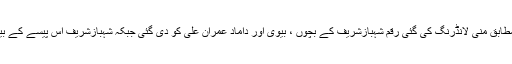
رپورٹ کے مطابق منی لانڈرنگ کی گئی رقم شہبازشریف کے بچوں ، بیوی اور داماد عمران علی کو دی گئی جبکہ شہبازشریف اس پیسے کے بینفشری تھے ۔